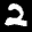
Digit: 2